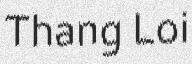
Thang Loi